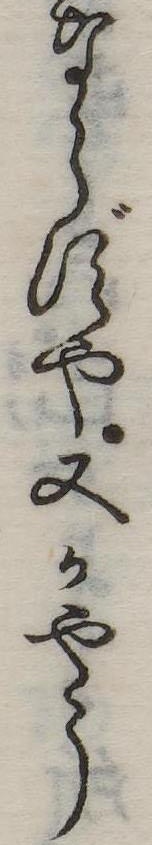
ならずや又かやう